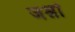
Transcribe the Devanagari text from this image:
जश्नों